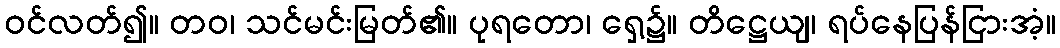
ဝင်လတ်၍။ တဝ၊ သင်မင်းမြတ်၏။ ပုရတော၊ ရှေ့၌။ တိဋ္ဌေယျ၊ ရပ်နေပြန်ငြားအံ့။